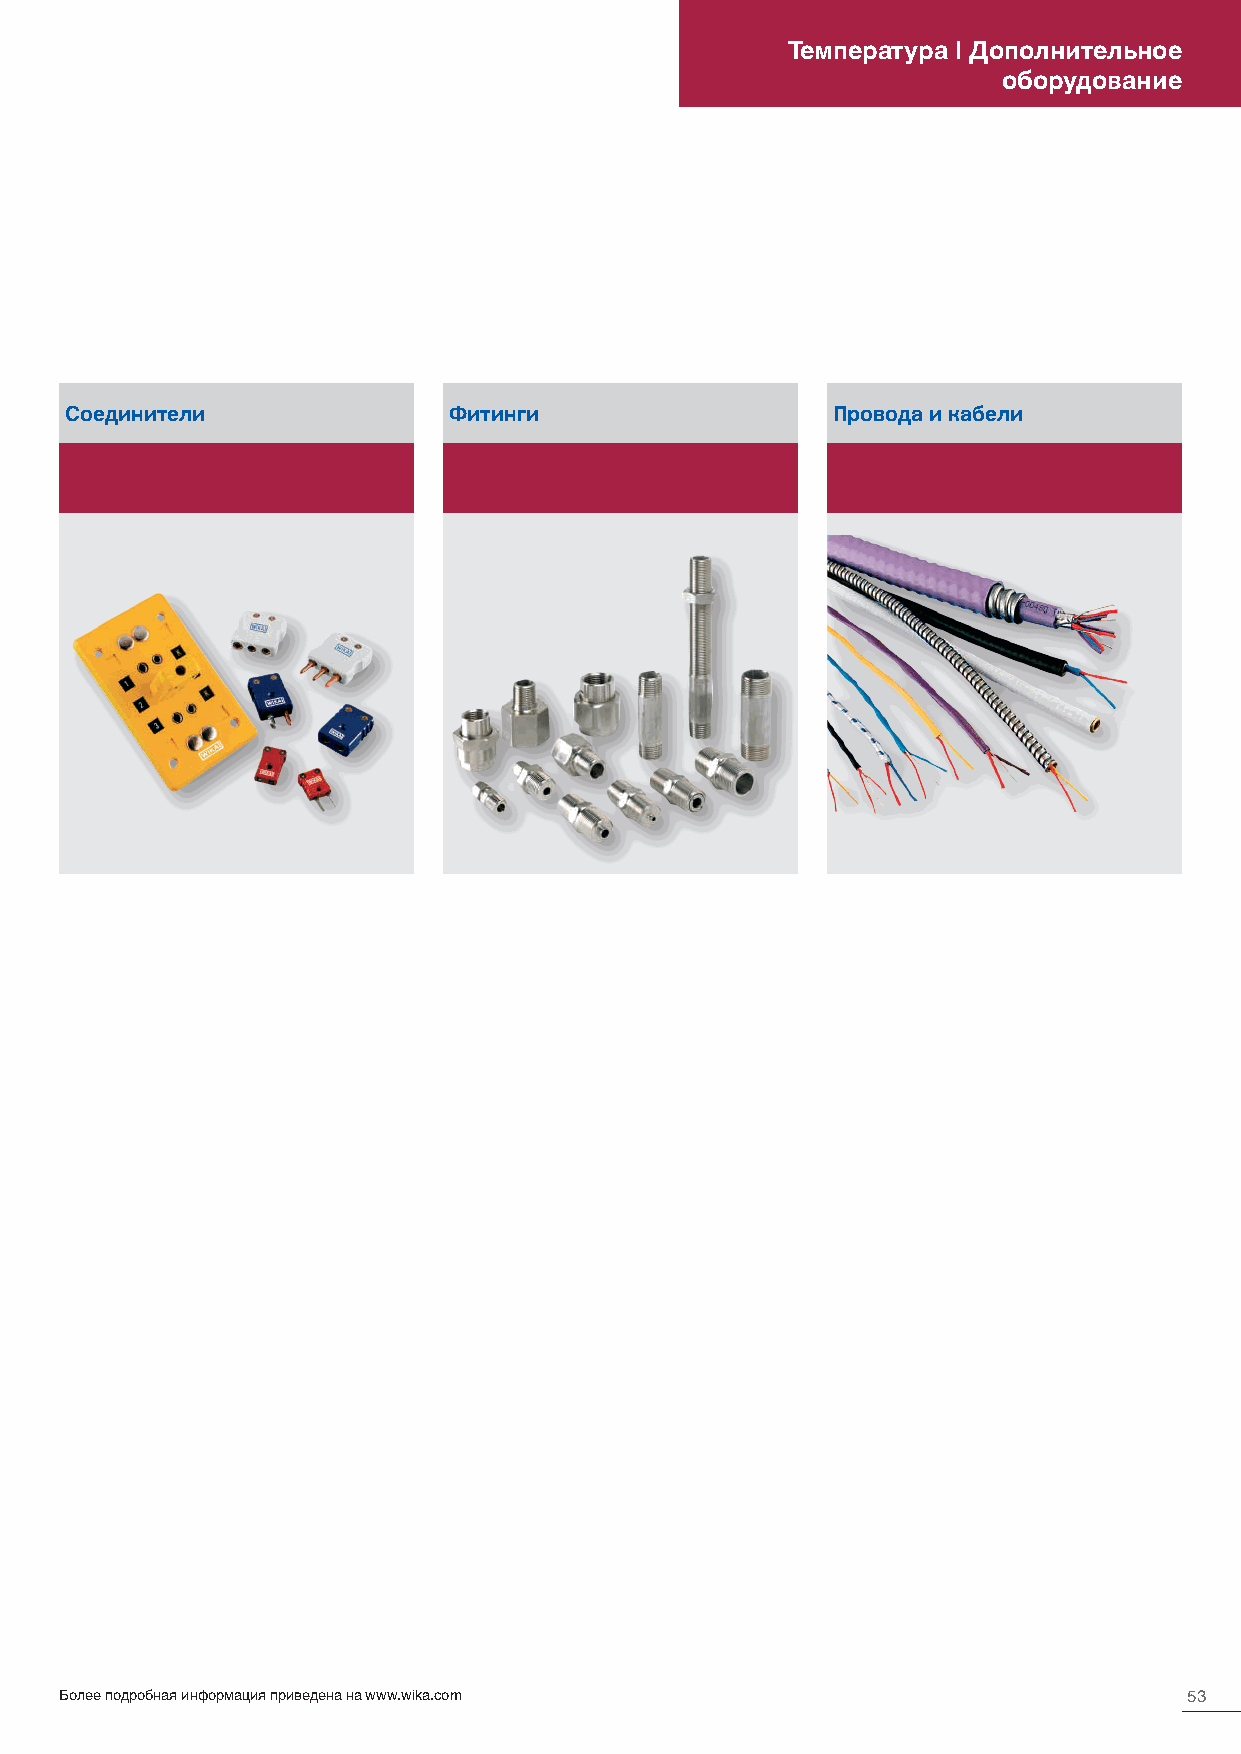
Температура | Дополнительное
 оборудование
 Соединители               Фитинги                  Провода и кабели
 Более подробная информация приведена на www.wika.com                       53